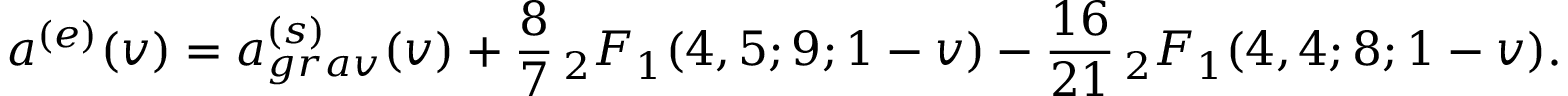
a ^ { ( e ) } ( v ) = a _ { g r a v } ^ { ( s ) } ( v ) + \frac { 8 } { 7 } \, _ { 2 } F _ { 1 } ( 4 , 5 ; 9 ; 1 - v ) - \frac { 1 6 } { 2 1 } \, _ { 2 } F _ { 1 } ( 4 , 4 ; 8 ; 1 - v ) .